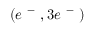
( e ^ { \mathrm { ~ - ~ } } , 3 e ^ { \mathrm { ~ - ~ } } )